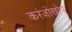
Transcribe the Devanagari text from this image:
करंजोखोप